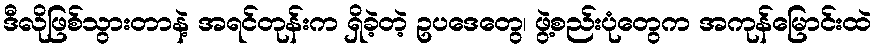
ဒီလိုဖြစ်သွားတာနဲ့ အရင်တုန်းက ရှိခဲ့တဲ့ ဥပဒေတွေ၊ ဖွဲ့စည်းပုံတွေက အကုန်မြောင်းထဲ